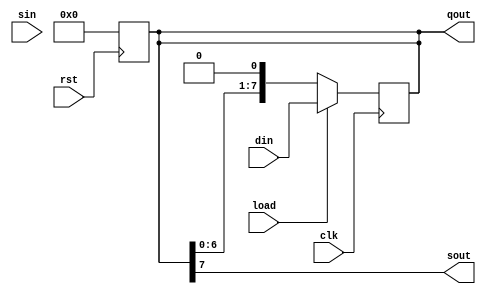
module PSShiftRegister(clk, rst, load, din, sin, sout, qout);
	input clk, rst, load, sin;
	input [7:0] din;
	output sout;
	output [7:0] qout;
	
	reg [7:0] qout;
	wire sout;
	
	assign sout = qout[7];
	
	always @ (negedge rst)
		qout = 8'b00000000;
	
	always @ (posedge clk)
		if (load)
			qout = din;
		else
			qout = {qout[6:0], 1'b0};

endmodule